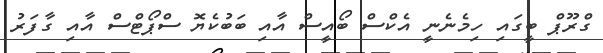
ގްރޫޕް ބީގައި ހިމެނެނީ އެކްސް ބޯއީސް އާއި ބަބުކެޔޮ ސްޕޯޓްސް އާއި ގާފަރު